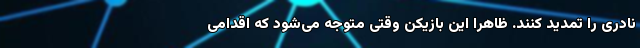
نادری را تمدید کنند. ظاهرا این بازیکن وقتی متوجه می‌شود که اقدامی